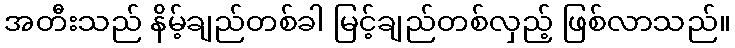
အတီးသည် နိမ့်ချည်တစ်ခါ မြင့်ချည်တစ်လှည့် ဖြစ်လာသည်။